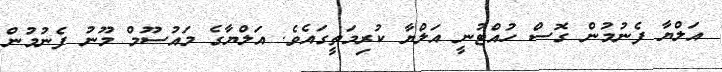
އަލްޔާ ފެނުމުން ގޮސް ހުއްޓުނީ އަލްޔާ ކުރިމަތީގައެވެ. އަލްޔާގެ މައުސޫމް މޫނު ފެނުމުން